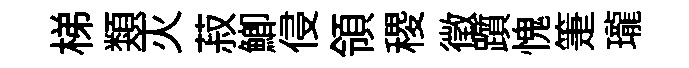
梯類灭菽鯽侵領稷徴躓愧箑瓏